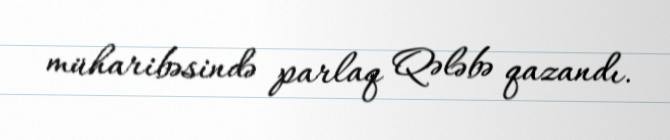
müharibəsində parlaq Qələbə qazandı.